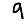
Digit: 9